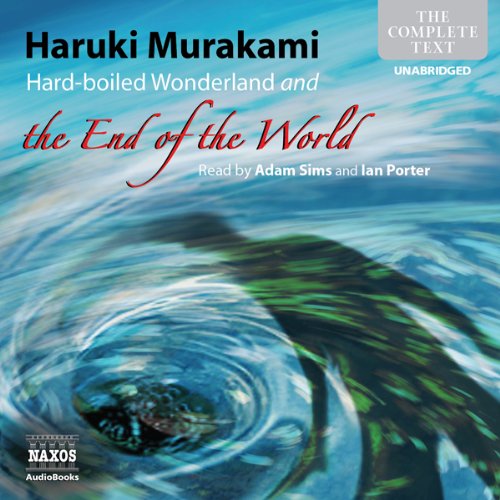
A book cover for Hard-boiled Wonderland and the End of the World; Haruki Murakami; Science Fiction & Fantasy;